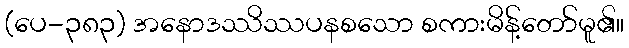
(ပေ-၃၈၃) အနောဒဿိဿပနစသော စကားမိန့်တော်မူ၏။